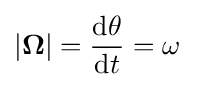
|\mathbf {\Omega } |={\frac {\mathrm {d} \theta }{\mathrm {d} t}}=\omega \